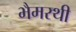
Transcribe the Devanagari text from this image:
भैमरथी